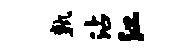
孰沾江